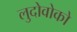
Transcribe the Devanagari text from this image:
लुदोवोको